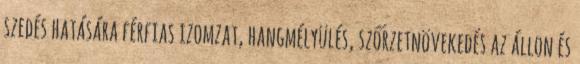
szedés hatására férfias izomzat, hangmélyülés, szőrzetnövekedés az állon és